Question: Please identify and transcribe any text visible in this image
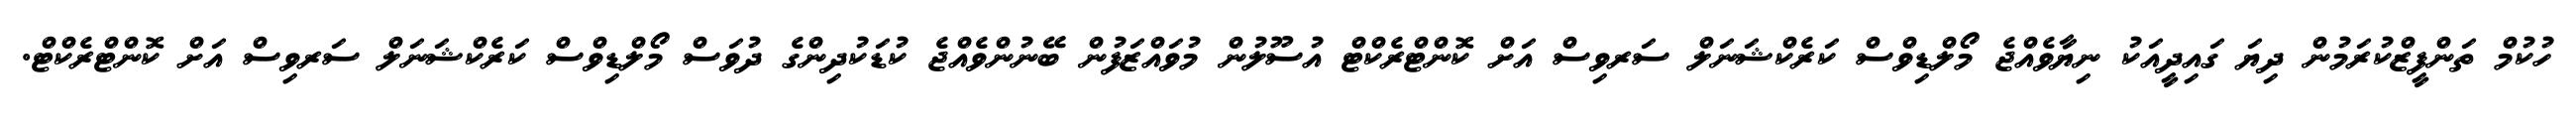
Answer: ހުކުމް ތަންފީޒްކުރަމުން ދިޔަ ގައިދީއަކު ނިޔާވެއްޖެ މޯލްޑިވްސް ކަރެކްޝަނަލް ސަރވިސް އަށް ކޮންޓްރެކްޓް އުސޫލުން މުވައްޒަފުން ބޭނުންވެއްޖެ ކުޑަކުދިންގެ ދުވަސް މޯލްޑިވްސް ކަރެކްޝަނަލް ސަރވިސް އަށް ކޮންޓްރެކްޓް.